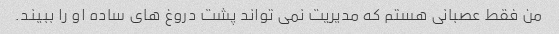
من فقط عصبانی هستم که مدیریت نمی تواند پشت دروغ های ساده او را ببیند.